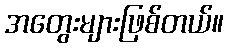
အတွေးများဖြစ်တယ်။